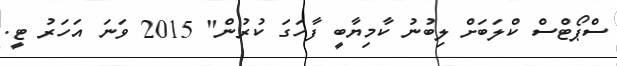
ސްޕޯޓްސް ކްލަބަށް ލިބުނު ކާމިޔާބީ ފާހަގަ ކުރުން" 2015 ވަނަ އަހަރު ޓީ.